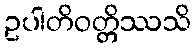
ဥပါတိဝတ္တိဿသိ